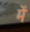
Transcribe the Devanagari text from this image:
मेंॱ